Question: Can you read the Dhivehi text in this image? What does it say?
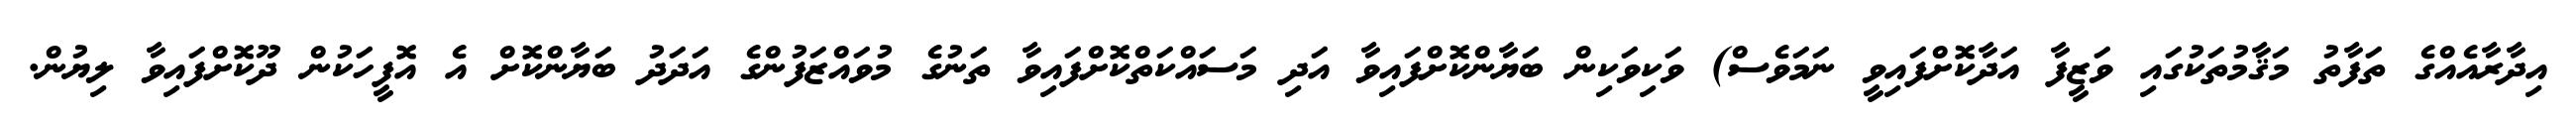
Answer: އިދާރާއެއްގެ ތަފާތު މަޤާމުތަކުގައި ވަޒީފާ އަދާކޮށްފައިވީ ނަމަވެސް) ވަކިވަކިން ބަޔާންކޮށްފައިވާ އަދި މަސައްކަތްކޮށްފައިވާ ތަނުގެ މުވައްޒަފުންގެ އަދަދު ބަޔާންކޮށް އެ އޮފީހަކުން ދޫކޮށްފައިވާ ލިޔުން.